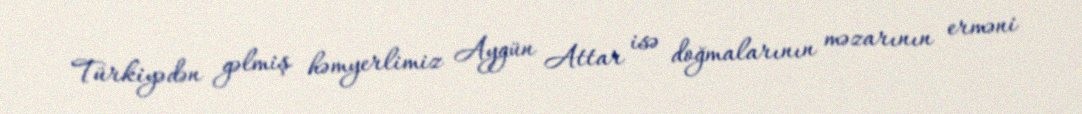
Türkiyədən gəlmiş həmyerlimiz Aygün Attar isə doğmalarının məzarının erməni